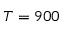
T = 9 0 0